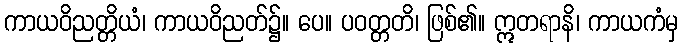
ကာယဝိညတ္တိယံ၊ ကာယဝိညတ်၌။ ပေ။ ပဝတ္တတိ၊ ဖြစ်၏။ ဣတရာနိ၊ ကာယကံမှ